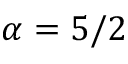
\alpha = 5 / 2